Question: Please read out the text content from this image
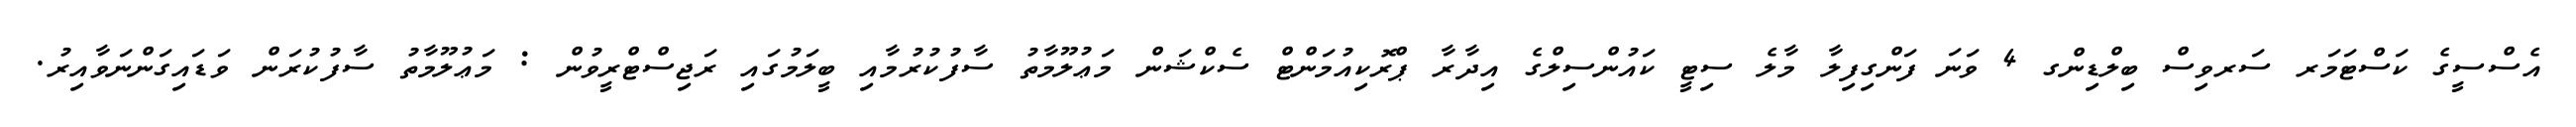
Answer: އެސްސީގެ ކަސްޓަމަރ ސަރވިސް ބިލްޑިންގ 4 ވަނަ ފަންގިފިލާ މާލެ ސިޓީ ކައުންސިލްގެ އިދާރާ ޕްރޮކިއުމަންޓް ސެކްޝަން މަޢުލޫމާތު ސާފުކުރުމާއި ބީލަމުގައި ރަޖިސްޓްރީވުން : މަޢުލޫމާތު ސާފުކުރަން ވަޑައިގަންނަވާއިރު.